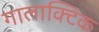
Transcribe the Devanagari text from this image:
गालाक्टिक